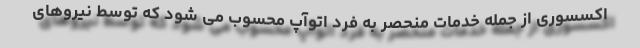
اکسسوری از جمله خدمات منحصر به فرد اتوآپ محسوب می شود که توسط نیروهای